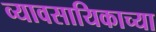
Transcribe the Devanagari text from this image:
व्यावसायिकाच्या